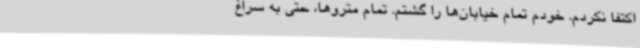
اکتفا نکردم. خودم تمام خیابان‌ها را گشتم. تمام متروها، حتی به سراغ